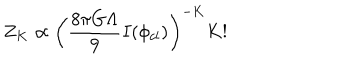
LaTeX: Z _ { K } \propto \left( \frac { 8 \pi G \Lambda } { 9 } I ( \phi _ { c l } ) \right) ^ { - K } K !